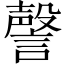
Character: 謦